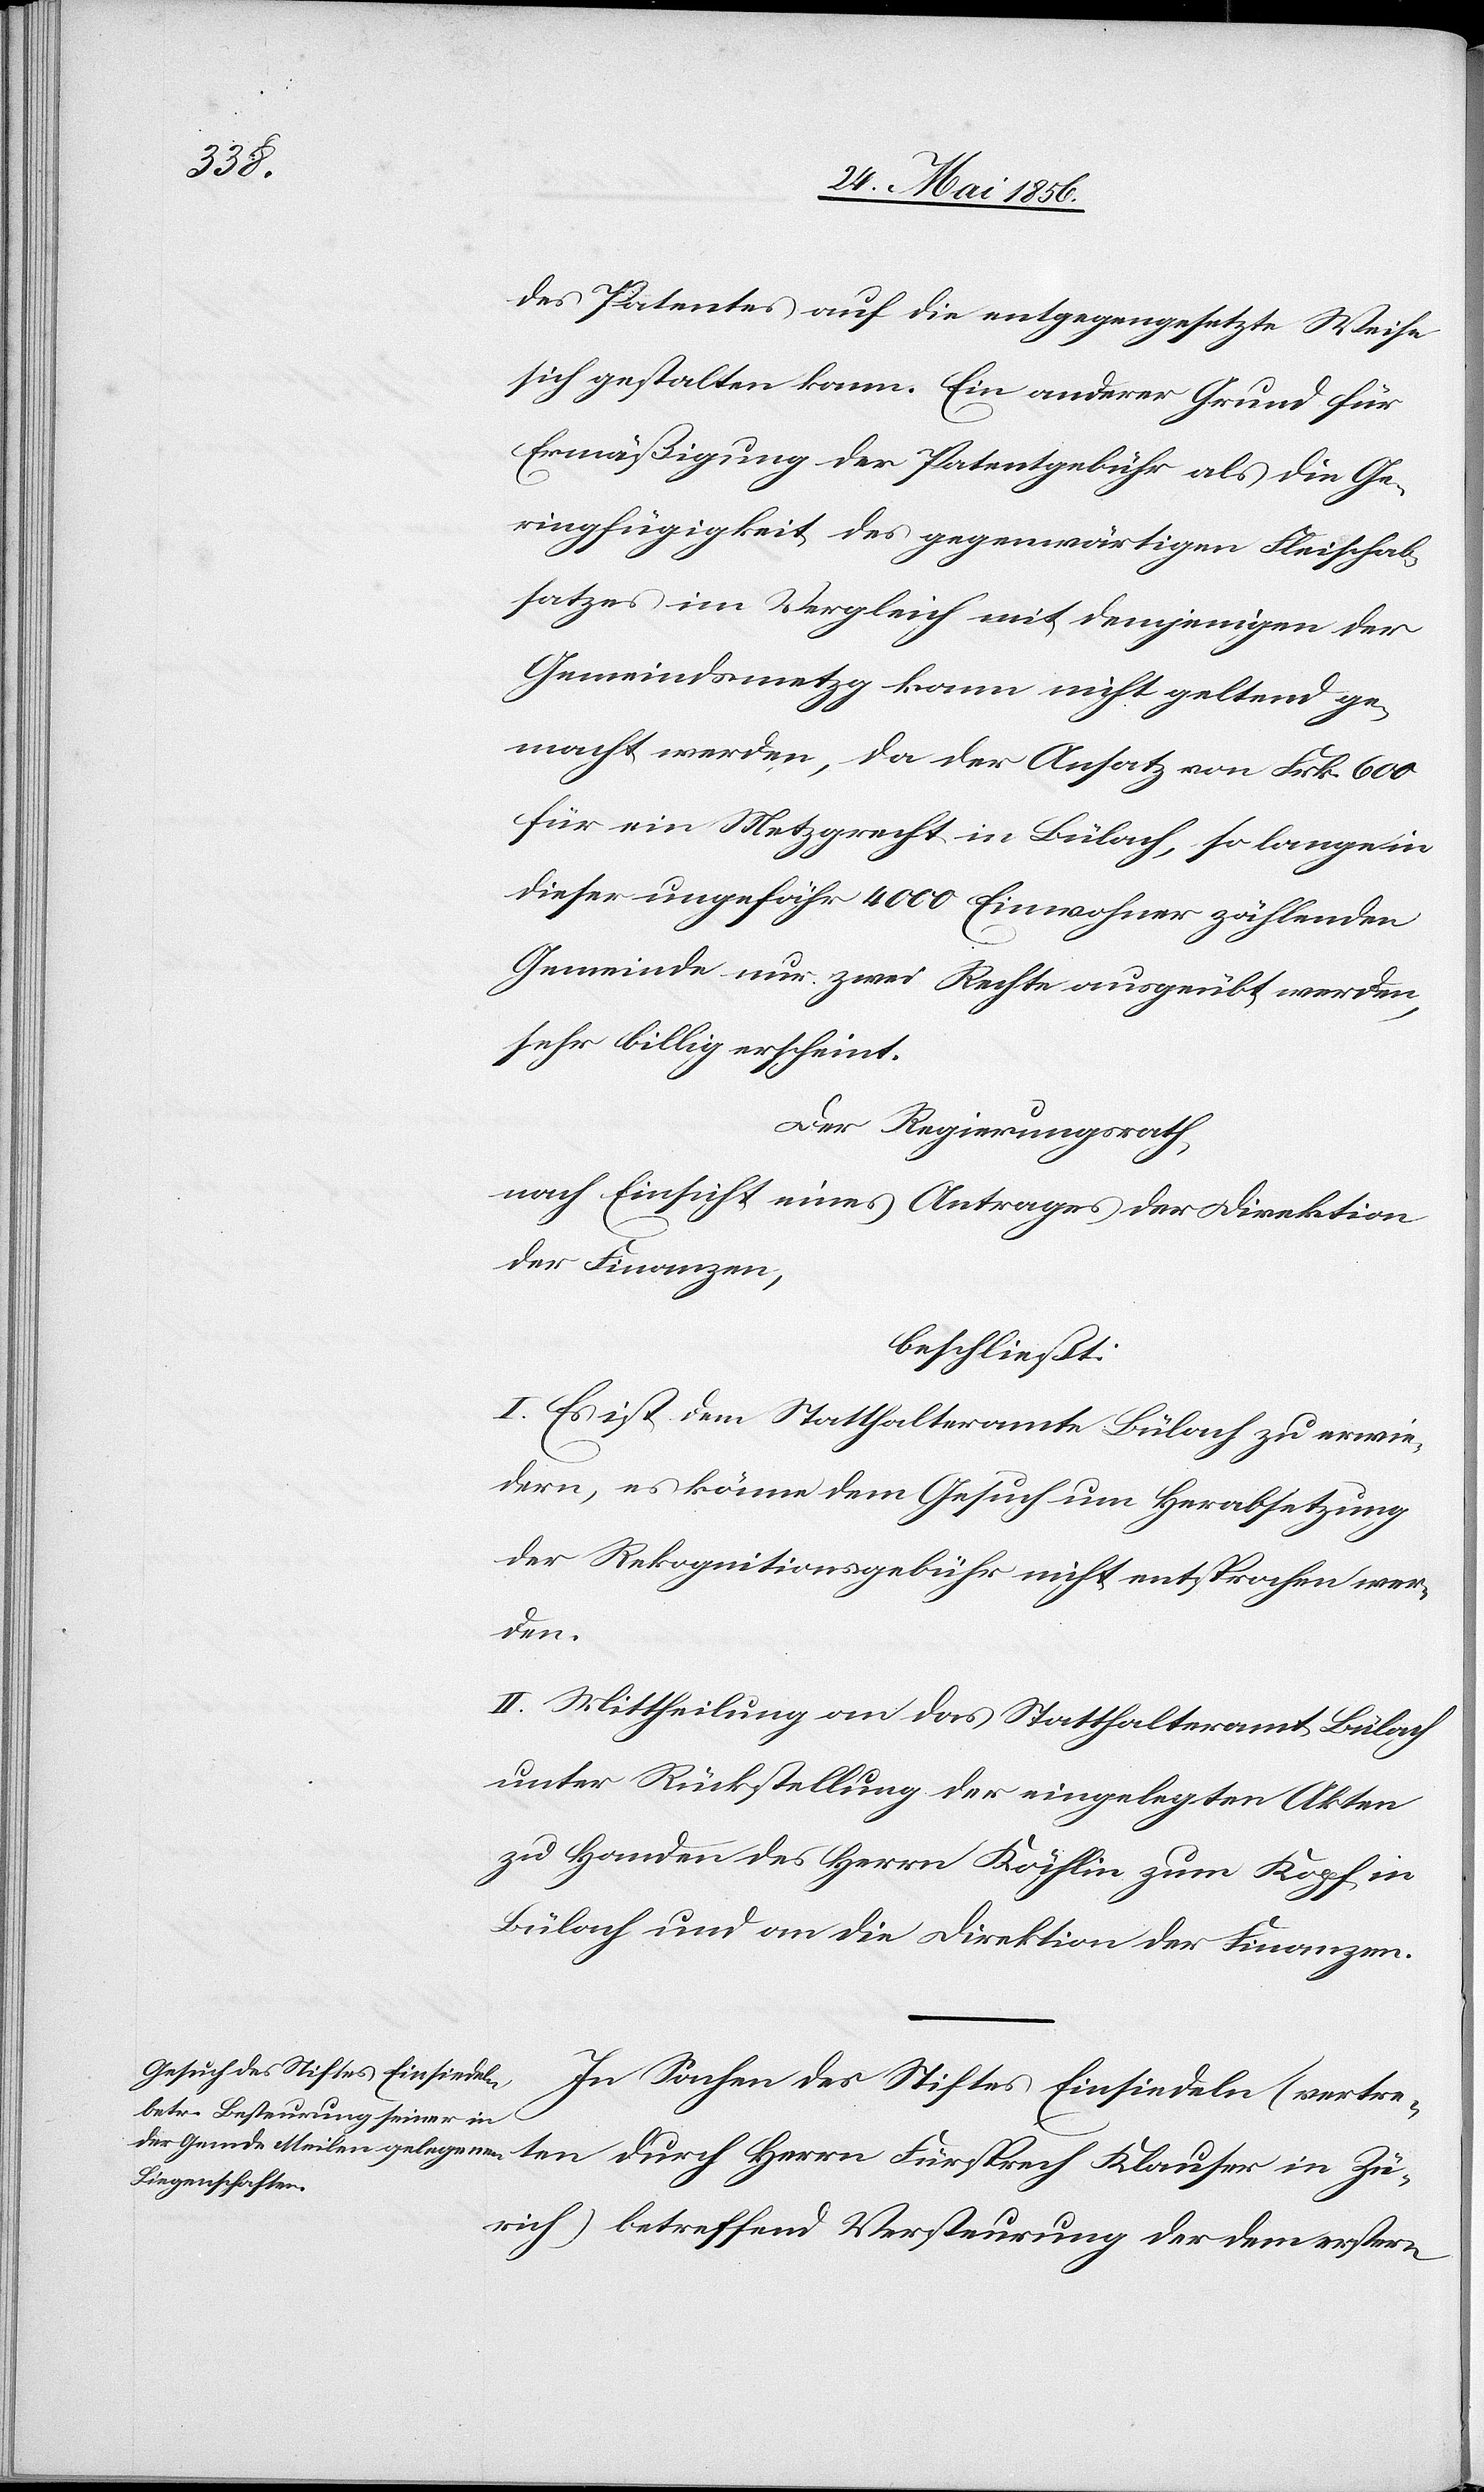
des Patentes auf die entgegengesetzte Weise
sich gestalten kann. Ein anderer Grund für
Ermäßigung der Patentgebühr als die Ge¬
ringfügigkeit des gegenwärtigen Fleischab¬
satzes im Vergleich mit demjenigen der
Gemeindsmetzg kann nicht geltend ge¬
macht werden, da der Ansatz von Frk. 600
für ein Metzgrecht in Bülach, so lange in
dieser ungefähr 4000 Einwohner zählenden
Gemeinde nur zwei Rechte ausgeübt werden,
sehr billig erscheint.
Der Regierungsrath,
nach Einsicht eines Antrages der Direktion
der Finanzen,
beschließt:
I. Es ist dem Statthalteramte Bülach zu erwie¬
dern, es könne dem Gesuch um Herabsetzung
der Rekognitionsgebühr nicht entsprochen wer¬
ten
II. Mittheilung an das Statthalteramt Bülach
unter Rückstellung der eingelegten Akten
zu Handen des Herrn Köchlin zum Kopf in
Bülach und an die Direktion der Finanzen.
In Sachen des Stiftes Einsiedeln (vertre¬
Zürich) betreffend Versteurung der dem erstern